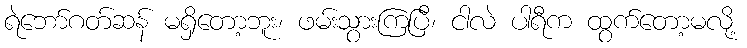
ရဲဘော်ဂတ်ဆန် မရှိတော့ဘူး၊ ဖမ်းသွားကြပြီ၊ ငါလဲ ပါရီက ထွက်တော့မလို့